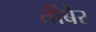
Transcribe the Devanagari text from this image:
तीबेर